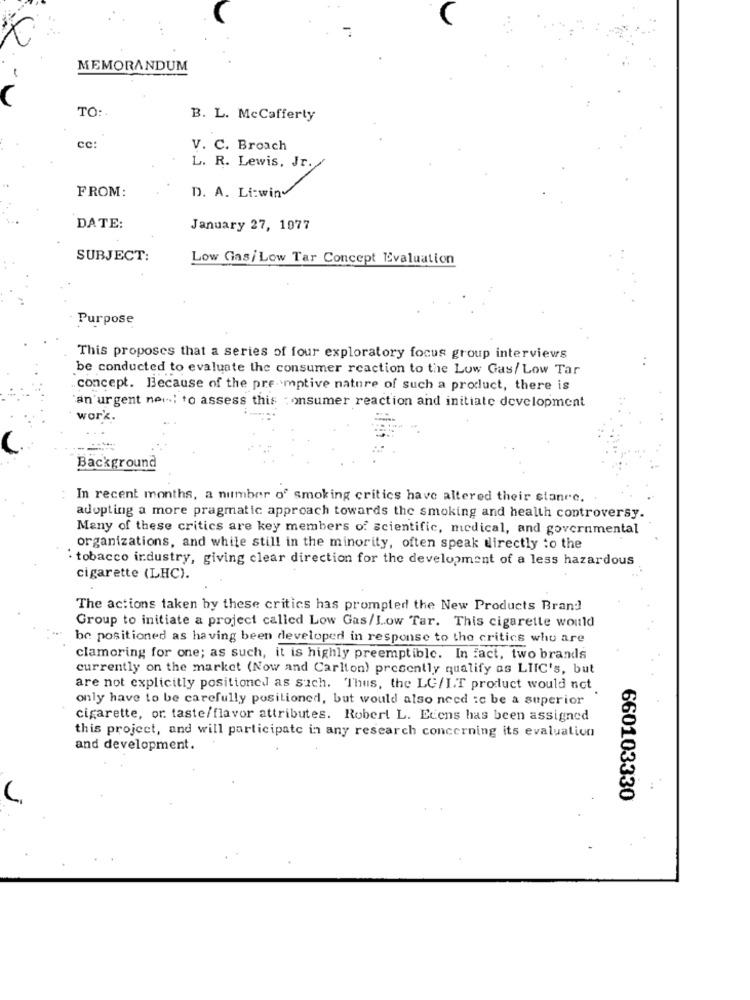
MEMORANDUM
TO:
B. L. McCafferty
cc:
V. C. Broach
L. R. Lewis, Jr.
FROM:
D. A. Li:wind
DATE:
January 27, 1977
SUBJECT:
Low Gas/ Low Tar Concept Evaluation
Purpose
This proposes that a series of four exploratory focus group interviews
be conducted to evaluate the consumer reaction to the Low Gas/ Low Tar
concept. Because of the pre- motive nature of such a product, there is
an urgent nei -! to assess this : onsumer reaction and initiate development
work.
Background
In recent months, a number of smoking critics have altered their stance.
adopting a more pragmatic approach towards the smoking and health controversy.
Many of these critics are key members of scientific, medical, and governmental
organizations, and while still in the minority, often speak directly to the
` tobacco industry, giving clear direction for the development of a less hazardous
cigarette (LHC).
The actions taken by these critics has prompted the New Products Brand
Group to initiate a project called Low Gas/Low Tar. This cigarette would
be positioned as having been developed in response to the critics who are
clamoring for one; as such, it is highly preemptible. In fact, two brands
currently on the market (Now and Carlton) presently qualify as LIIC's, but
are not explicitly positioned as such. Thus, the LC/I.T product would not
only have to be carefully positioned, but would also need :c be a superior
cigarette, or taste/flavor attributes. Robert L. Ecens has been assigned
this project, and will participate in any research concerning its evaluation
and development.
660103330